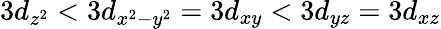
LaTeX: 3d_{z^{2}}<3d_{x^{2}-y^{2}}=3d_{xy}<3d_{yz}=3d_{xz}